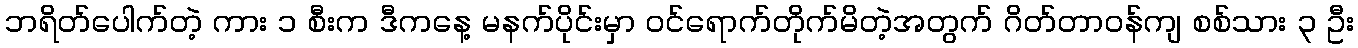
ဘရိတ်ပေါက်တဲ့ ကား ၁ စီးက ဒီကနေ့ မနက်ပိုင်းမှာ ဝင်ရောက်တိုက်မိတဲ့အတွက် ဂိတ်တာဝန်ကျ စစ်သား ၃ ဦး